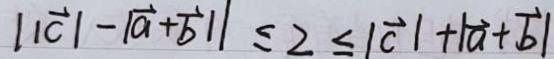
\vert \overrightarrow { c } \vert - \vert \overrightarrow { a } + \overrightarrow { b } / / \leq 2 \leq \vert \overrightarrow { c } \vert + \vert \overrightarrow { a } + \overrightarrow { b } \vert